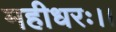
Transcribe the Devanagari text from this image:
महीधरः।।